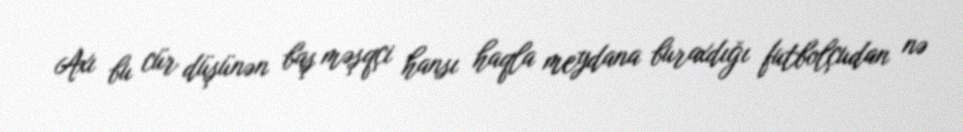
Axı bu cür düşünən baş məşqçi hansı haqla meydana buraxdığı futbolçudan nə